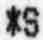
*S